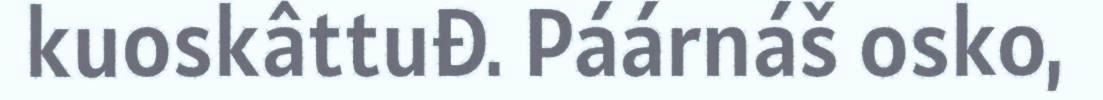
kuoskâttuđ. Páárnáš osko,